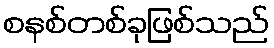
စနစ်တစ်ခုဖြစ်သည်